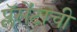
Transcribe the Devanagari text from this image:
प्लॅसेंटाची